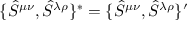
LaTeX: \{ \hat { S } ^ { \mu \nu } , \hat { S } ^ { \lambda \rho } \} ^ { * } = \{ \hat { S } ^ { \mu \nu } , \hat { S } ^ { \lambda \rho } \} ^ { \prime }